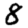
Digit: 8